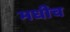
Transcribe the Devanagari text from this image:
मधीच